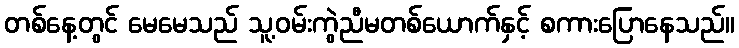
တစ်နေ့တွင် မေမေသည် သူ့ဝမ်းကွဲညီမတစ်ယောက်နှင့် စကားပြောနေသည်။